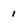
Character: 1